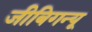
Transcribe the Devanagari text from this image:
जीबिगन्यू